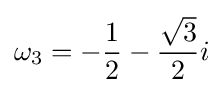
\omega _{3}=-{\frac {1}{2}}-{\frac {\sqrt {3}}{2}}i